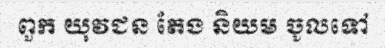
ពួក យុវជន តែង និយម ចូលទៅ